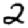
Digit: 2